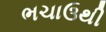
ભચાઉથી